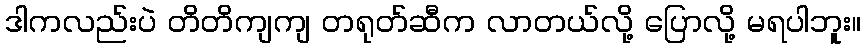
ဒါကလည်းပဲ တိတိကျကျ တရုတ်ဆီက လာတယ်လို့ ပြောလို့ မရပါဘူး။